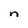
Character: n